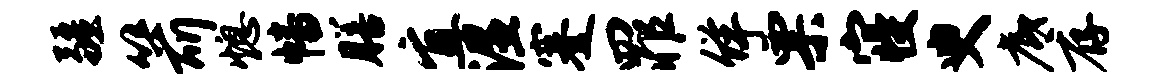
疆箭熄幡膳宜湿蹇罪佯票寝臾底存